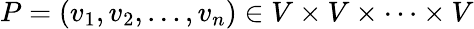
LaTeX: P=(v_{1},v_{2},\ldots,v_{n})\in V\times V\times\cdots\times V